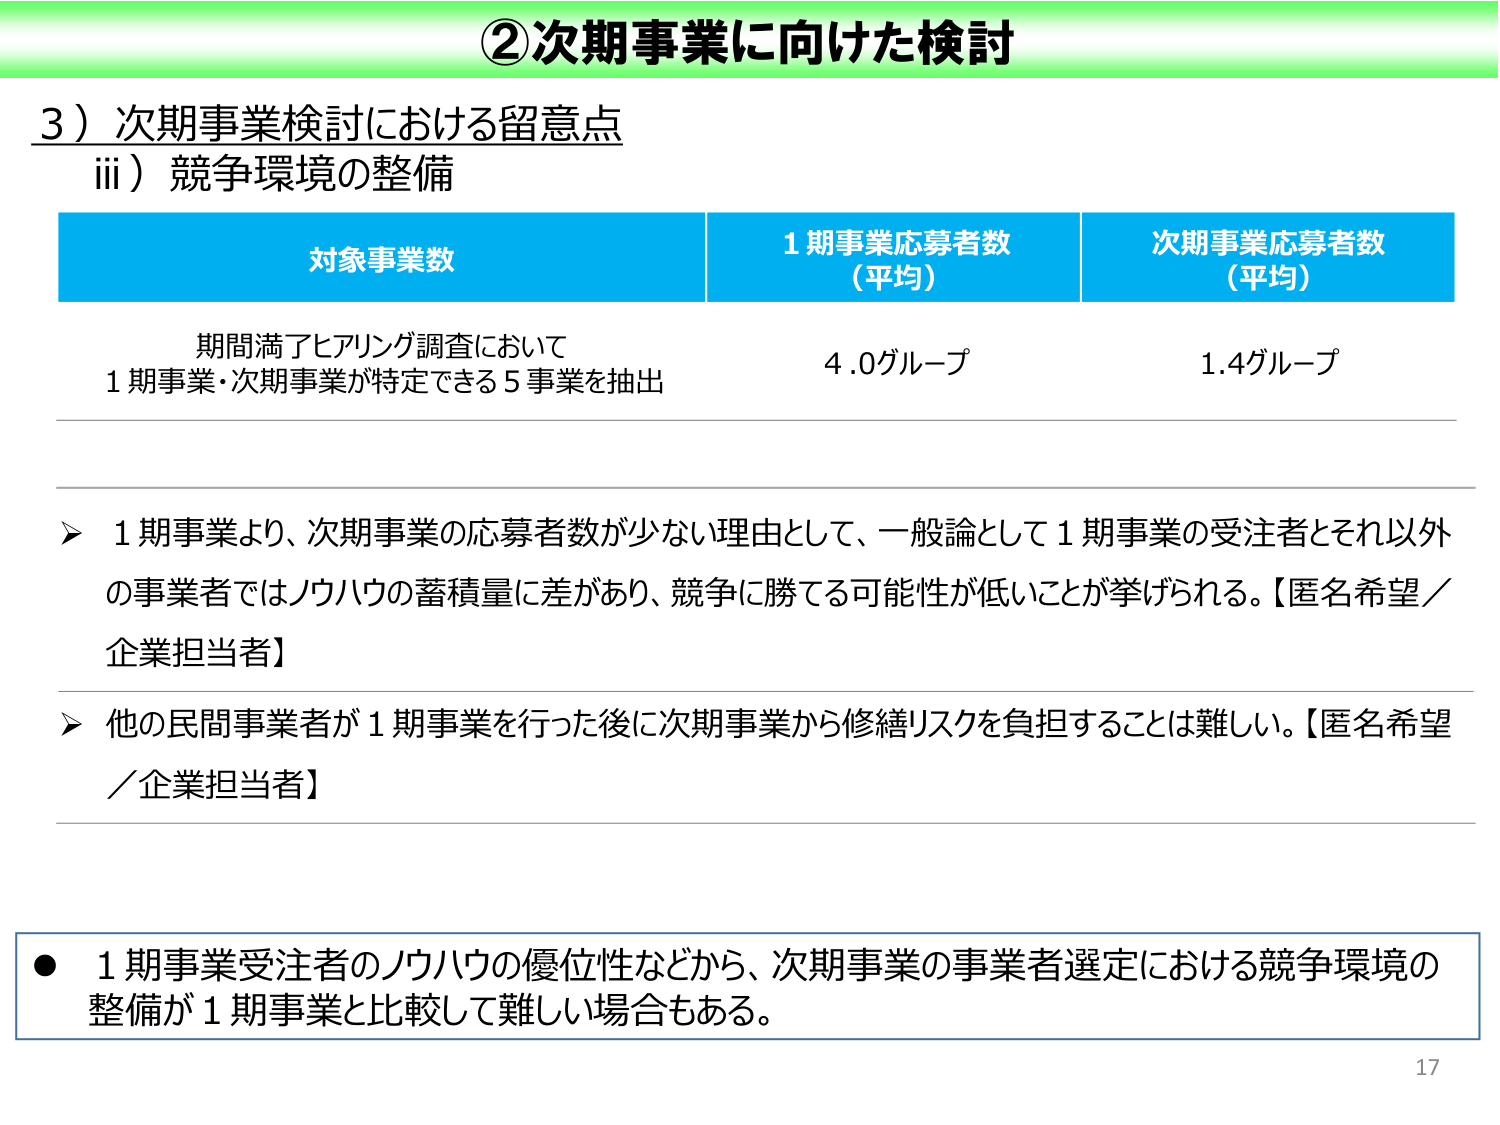
②次期事業に向けた検討

3）次期事業検討における留意点
　iii）競争環境の整備

対象事業数　　　　　　　　　1期事業応募者数（平均）　　　　　次期事業応募者数（平均）
期間満了ヒアリング調査において
1期事業・次期事業が特定できる5事業を抽出　　　　　　　　　4.0グループ　　　　　　　　　1.4グループ

➤ 1期事業より、次期事業の応募者数が少ない理由として、一般論として1期事業の受注者とそれ以外の事業者ではノウハウの蓄積量に差があり、競争に勝てる可能性が低いことが挙げられる。【匿名希望／企業担当者】

➤ 他の民間事業者が1期事業を行った後に次期事業から修繕リスクを負担することは難しい。【匿名希望／企業担当者】

● 1期事業受注者のノウハウの優位性などから、次期事業の事業者選定における競争環境の整備が1期事業と比較して難しい場合もある。

17